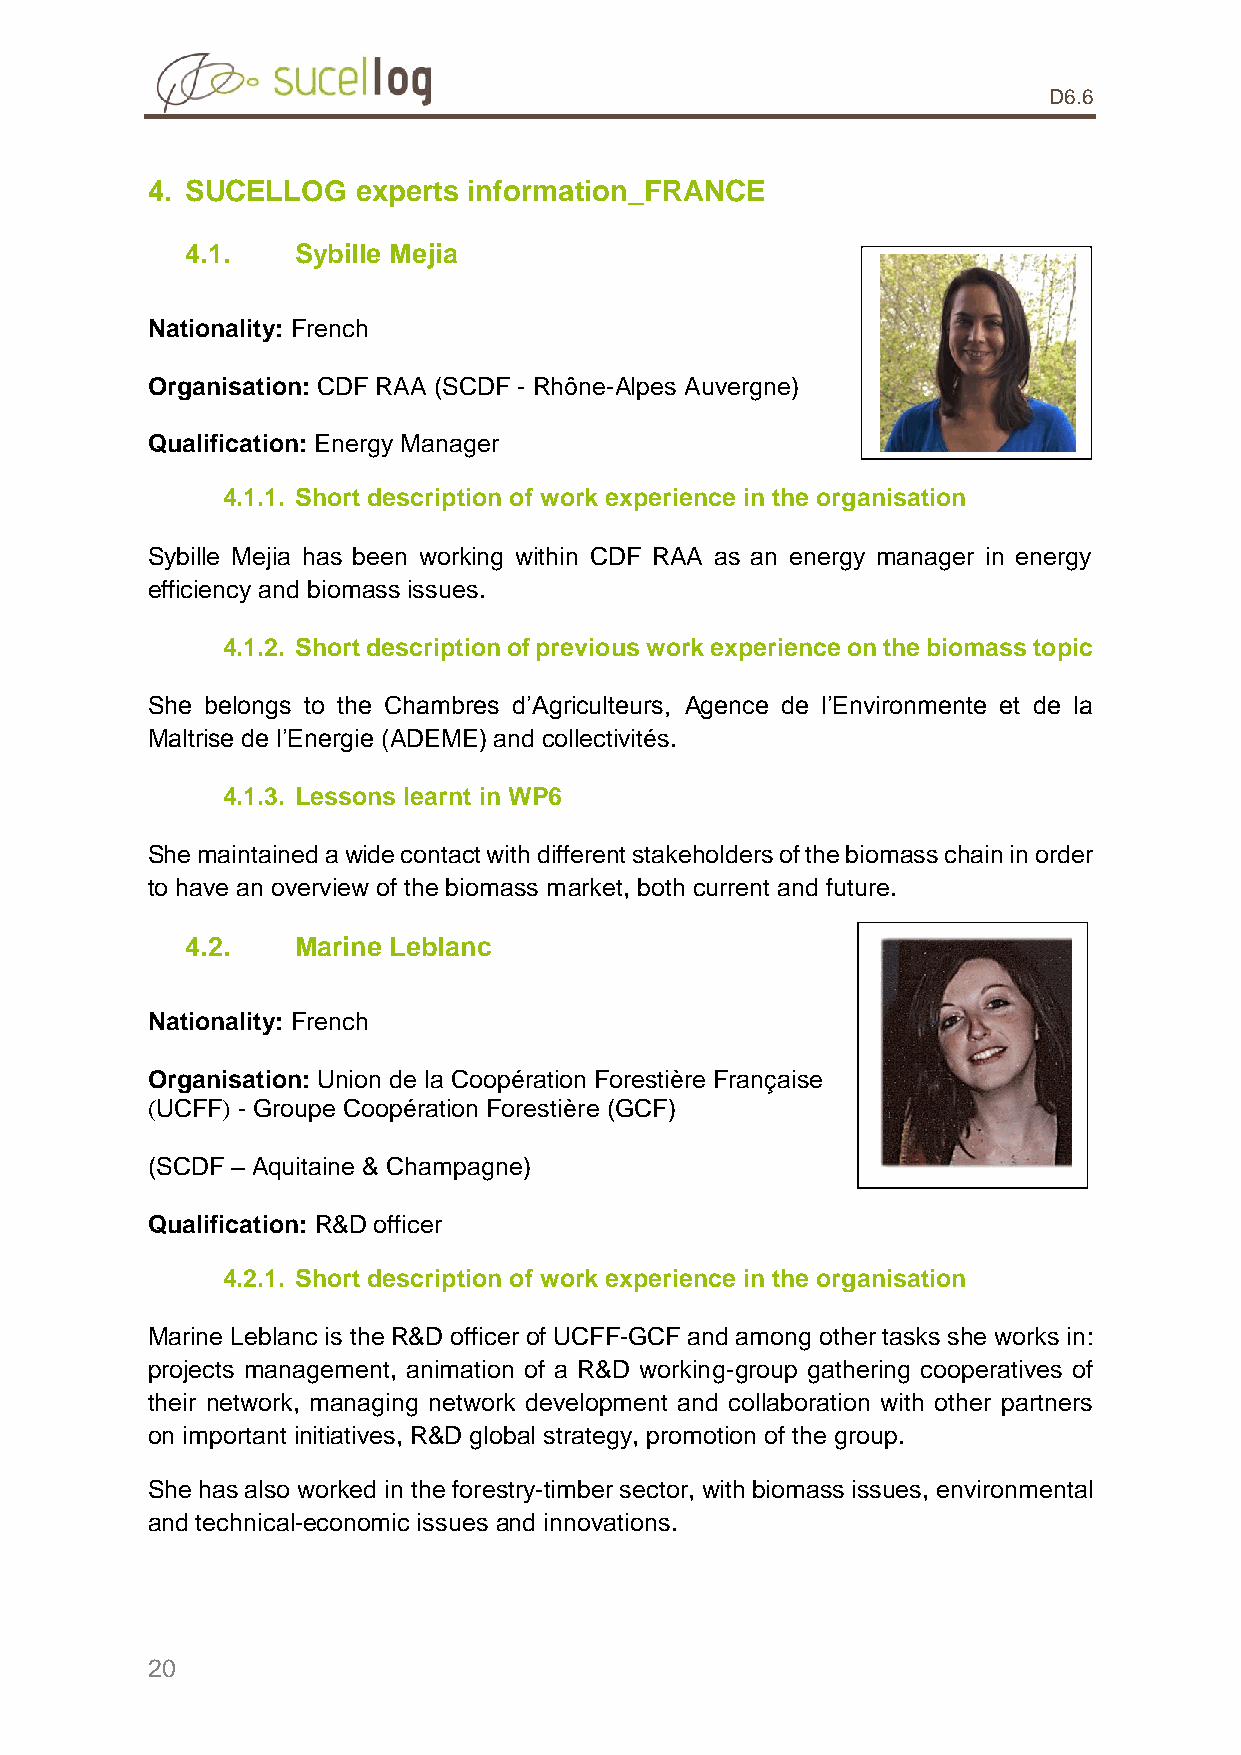
D6.6
 4. SUCELLOG   experts information_FRANCE
 4.1.    Sybille Mejia
 Nationality: French
 Organisation: CDF RAA (SCDF - Rhône-Alpes Auvergne)
 Qualification: Energy Manager
 4.1.1. Short description of work experience in the organisation
 Sybille Mejia has been working within CDF RAA as an energy manager in energy
 efficiency and biomass issues.
 4.1.2. Short description of previous work experience on the biomass topic
 She belongs to the Chambres d’Agriculteurs, Agence de l’Environmente et de la
 Maltrise de l’Energie (ADEME) and collectivités.
 4.1.3. Lessons learnt in WP6
 She maintained a wide contact with different stakeholders of the biomass chain in order
 to have an overview of the biomass market, both current and future.
 4.2.    Marine Leblanc
 Nationality: French
 Organisation: Union de la Coopération Forestière Française
 (UCFF) - Groupe Coopération Forestière (GCF)
 (SCDF – Aquitaine & Champagne)
 Qualification: R&D officer
 4.2.1. Short description of work experience in the organisation
 Marine Leblanc is the R&D officer of UCFF-GCF and among other tasks she works in:
 projects management, animation of a R&D working-group gathering cooperatives of
 their network, managing network development and collaboration with other partners
 on important initiatives, R&D global strategy, promotion of the group.
 She has also worked in the forestry-timber sector, with biomass issues, environmental
 and technical-economic issues and innovations.
 20